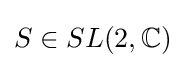
S\in SL(2,\mathbb {C} )